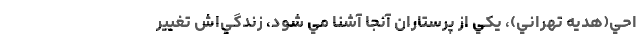
احي(هديه تهراني)، يکي از پرستاران آنجا آشنا مي شود، زندگي‌اش تغيير